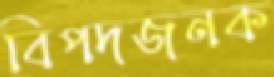
বিপদজনক